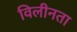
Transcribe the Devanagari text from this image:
विलीनता